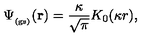
\Psi _ { _ \mathrm { ( g s ) } } ( { \bf r } ) = \frac { \kappa } { \sqrt { \pi } } K _ { 0 } ( \kappa r ) ,